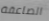
الصاعقة